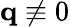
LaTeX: \mathbf q\not\equiv 0